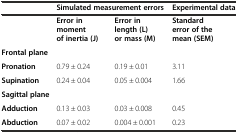
<table><thead><tr><td></td><td colspan="2"><b>Simulated measurement errors</b></td><td><b>Experimental data</b></td></tr></thead><tbody><tr><td></td><td><b>Error in moment of inertia (J)</b></td><td><b>Error in length (L) or mass (M)</b></td><td><b>Standard error of the mean (SEM)</b></td></tr><tr><td><b>Frontal plane</b></td><td></td><td></td><td></td></tr><tr><td><b>Pronation</b></td><td>0.79 ± 0.24</td><td>0.19 ± 0.01</td><td>3.11</td></tr><tr><td><b>Supination</b></td><td>0.24 ± 0.04</td><td>0.05 ± 0.004</td><td>1.66</td></tr><tr><td><b>Sagittal plane</b></td><td></td><td></td><td></td></tr><tr><td><b>Adduction</b></td><td>0.13 ± 0.03</td><td>0.03 ± 0.008</td><td>0.45</td></tr><tr><td><b>Abduction</b></td><td>0.07 ± 0.02</td><td>0.004 ± 0.001</td><td>0.23</td></tr></tbody></table>